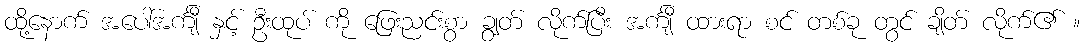
ထို့နောက် အပေါ်အင်္ကျီ နှင့် ဦးထုပ် ကို ဖြေးညင်းစွာ ချွတ် လိုက်ပြီး အင်္ကျီ ထားရာ စင် တစ်ခု တွင် ချိတ် လိုက်၏ ။